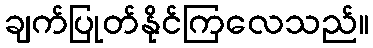
ချက်ပြုတ်နိုင်ကြလေသည်။